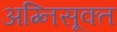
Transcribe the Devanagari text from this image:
अग्निसूक्त